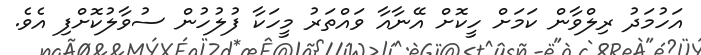
އަހުމަދު ރިލްވާން ކަމަށް ހީކޮށް އޭނާއާ ވައްތަރު މީހަކާ ފުލުހުން ސުވާލުކޮށްފި އެވެ.